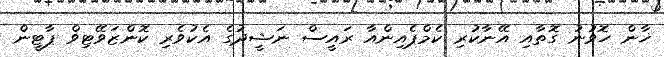
ޚާން ހޮވުނު ގޮތާއި އޭނާކުރި ކެމްޕެއިންއާ ރައީސް ނަޝީދުގެ އެކުވެރި ކޮންޒަވޭޓިވް ޕާޓީން